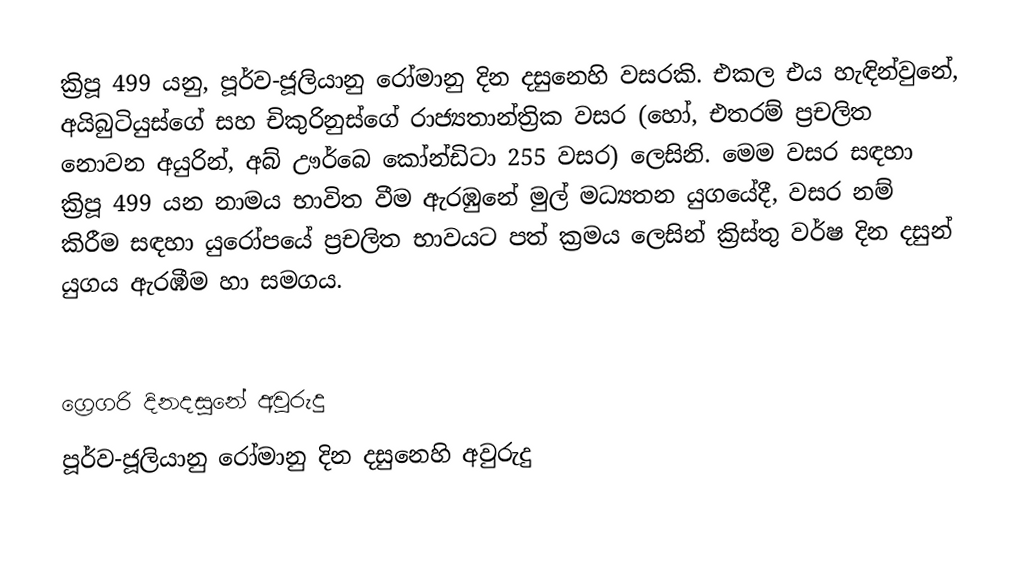

ක්‍රිපූ 499 යනු, පූර්ව-ජූලියානු රෝමානු දින දසුනෙහි වසරකි. එකල එය හැඳින්වුනේ, අයිබුටියුස්ගේ සහ චිකුරිනුස්ගේ රාජ්‍යතාන්ත්‍රික වසර (හෝ, එතරම් ප්‍රචලිත නොවන අයුරින්, අබ් ඌර්බෙ කෝන්ඩිටා 255 වසර) ලෙසිනි. මෙම වසර සඳහා ක්‍රිපූ 499 යන නාමය භාවිත වීම ඇරඹුනේ මුල්  මධ්‍යතන යුගයේදී, වසර නම් කිරීම සඳහා යුරෝපයේ ප්‍රචලිත භාවයට පත් ක්‍රමය ලෙසින් ක්‍රිස්තු වර්ෂ දින දසුන් යුගය ඇරඹීම හා සමගය.

ග්‍රෙගරි දිනදසුනේ අවුරුදු
පූර්ව-ජූලියානු රෝමානු දින දසුනෙහි අවුරුදු